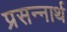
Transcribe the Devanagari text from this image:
प्रसन्नार्थ